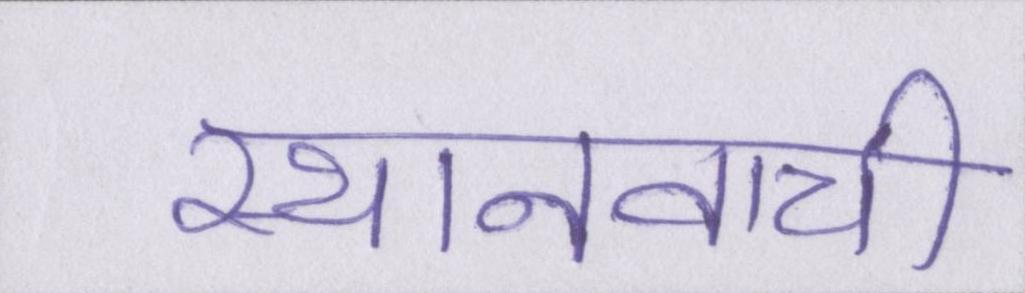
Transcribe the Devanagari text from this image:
स्थानवाची